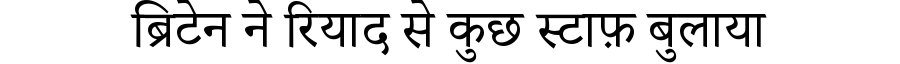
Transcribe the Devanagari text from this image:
ब्रिटेन ने रियाद से कुछ स्टाफ़ बुलाया